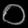
Digit: ၀